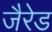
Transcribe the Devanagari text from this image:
जैरेड